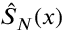
\hat { S } _ { N } ( x )